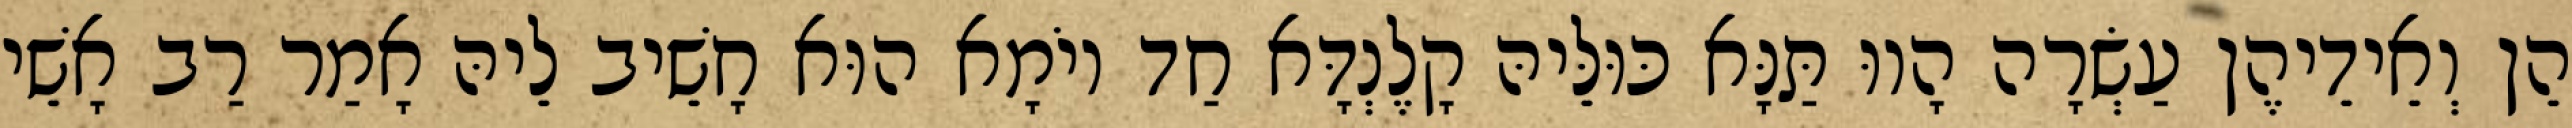
הֵן וְאֵידֵיהֶן עַשְׂרָה הָווּ תַּנָּא כּוּלֵּיהּ קָלֶנְדָּא חַד יוֹמָא הוּא חָשֵׁיב לֵיהּ אָמַר רַב אָשֵׁי